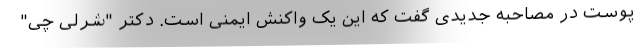
پوست در مصاحبه‌ جدیدی گفت که این یک واکنش ایمنی است. دکتر "شرلی چی"